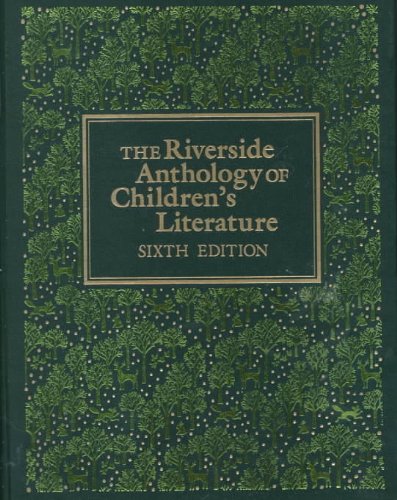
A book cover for The Riverside Anthology of Children's Literature; Judith Saltman; Children's Books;